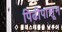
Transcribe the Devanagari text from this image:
पिढीपासून